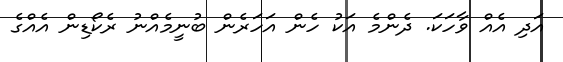
އަދި އެއް ވާހަކަ. ދެންމެ އަކު ހެން އަހަރެން ބުނީމެއްނު ރެކޯޑިން އެއްގެ